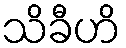
သိခီဟိ